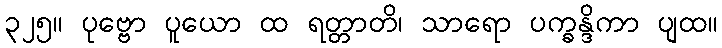
၃၂၅။ ပုဗ္ဗော ပူယော ထ ရတ္တာတိ၊ သာရော ပက္ခန္ဒိကာ ပျထ။